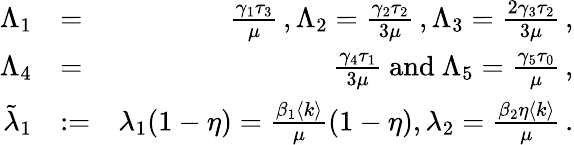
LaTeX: \begin{array}{rlr}{\Lambda_{1}}&{=}&{\frac{\gamma_{1}\tau_{3}}{\mu}\, ,\Lambda_{2}=\frac{\gamma_{2}\tau_{2}}{3\mu}\, ,\Lambda_{3}=\frac{2\gamma_{3}\tau_{2}}{3\mu}\, ,}\\ {\Lambda_{4}}&{=}&{\frac{\gamma_{4}\tau_{1}}{3\mu}\mathrm{~and~}\Lambda_{5}=\frac{\gamma_{5}\tau_{0}}{\mu}\, ,}\\ {\tilde{\lambda}_{1}}&{:=}&{{\lambda_{1}(1-\eta)}=\frac{\beta_{1}\langle k\rangle}{\mu}(1-\eta),\lambda_{2}=\frac{\beta_{2}\eta\langle k\rangle}{\mu}\, .}\end{array}